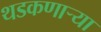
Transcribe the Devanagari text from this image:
थडकणार्‍या